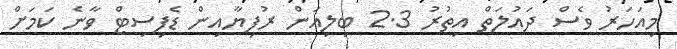
މިއަހަރު ވެސް ދައުލަތް އިތުރު 2.3 ބިލިއަން ރުފިޔާއިން ޑެފިސިޓް ވާނެ ކަމަށް